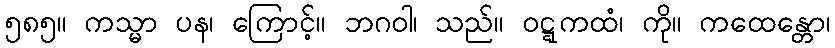
၅၈၅။ ကသ္မာ ပန၊ ကြောင့်။ ဘဂဝါ၊ သည်။ ဝဋ္ဋကထံ၊ ကို။ ကထေန္တော၊